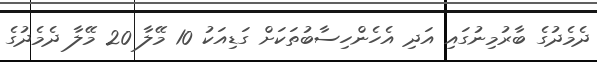
ދެމެދުގެ ބާރުމިނުގައި އަދި އެހެންހިސާބުތަކަށް ގަޑިއަކު 10 މޭލާ 20 މޭލާ ދެމެދުގެ